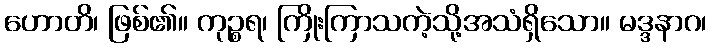
ဟောတိ၊ ဖြစ်၏။ ကုဉ္စရ၊ ကြိုးကြာသကဲ့သို့အသံရှိသော။ မဒ္ဒနာဂ၊